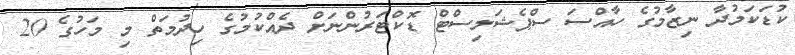
ކުޑަކަމުދާ ނިޒާމުގެ ހާއްސަ ސްޕެޝަލިސްޓް ޑޮކްޓަރުންނަށް ދެއްކުމުގެ ހިދުމަތް މި މަހުގެ 20